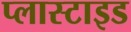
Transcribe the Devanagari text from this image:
प्लास्टाइड